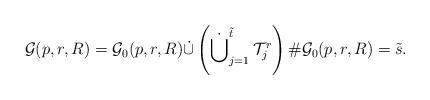
LaTeX: \begin{align*}\mathcal{G}(p,r,R)=\mathcal{G}_0(p,r,R)\dot{\cup}\left(\dot{\bigcup}_{j=1}^{\tilde{t}}\,\mathcal{T}_j^r\right) \#\mathcal{G}_0(p,r,R)=\tilde{s}.\end{align*}